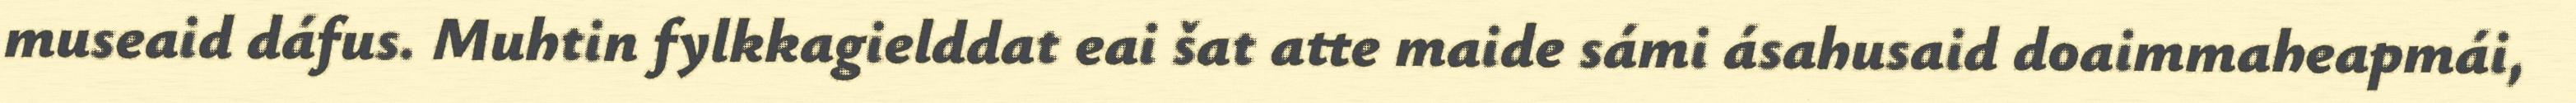
museaid dáfus. Muhtin fylkkagielddat eai šat atte maide sámi ásahusaid doaimmaheapmái,